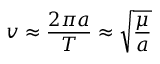
v \approx { \frac { 2 \pi a } { T } } \approx { \sqrt { \frac { \mu } { a } } }